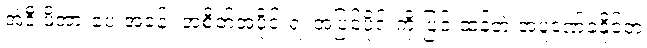
အဲဒီ ဖိအားပေးအခန်း အစိတ်အပိုင်းရဲ့ အပြင်ပိုင်းကို ပြင်းထန်တဲ့ အပူဒဏ်ခံနိုင်တဲ့